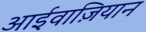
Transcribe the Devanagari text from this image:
आईवाज़ियान